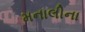
મનાલીના